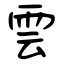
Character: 雲